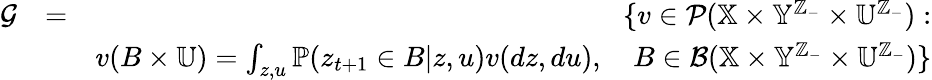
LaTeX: \begin{array}{rlr}{{\cal G}}&{=}&{\{ v\in{\cal P}(\mathbb{X}\times\mathbb{Y}^{\mathbb{Z}_{-}}\times\mathbb{U}^{\mathbb{Z}_{-}}):}\\ &{}&{v(B\times\mathbb{U})=\int_{z,u}\mathbb{P}(z_{t+1}\in B|z,u)v(dz,du),\quad B\in{\cal B}(\mathbb{X}\times\mathbb{Y}^{\mathbb{Z}_{-}}\times\mathbb{U}^{\mathbb{Z}_{-}})\} }\end{array}